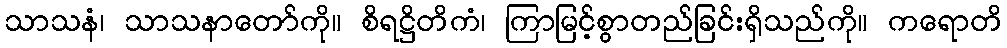
သာသနံ၊ သာသနာတော်ကို။ စိရဋ္ဌိတိကံ၊ ကြာမြင့်စွာတည်ခြင်းရှိသည်ကို။ ကရောတိ